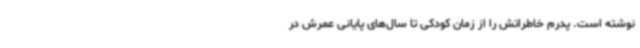
نوشته است. پدرم خاطراتش را از زمان کودکی تا سال‌های پایانی عمرش در